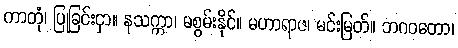
ကာတုံ၊ ပြုခြင်းငှာ။ နသက္ကာ၊ မစွမ်းနိုင်။ မဟာရာဇ၊ မင်းမြတ်။ ဘဂဝတော၊